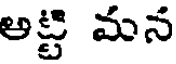
అట్టి మన